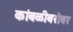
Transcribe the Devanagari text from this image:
कांबळीबरोबर